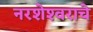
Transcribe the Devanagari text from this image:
नरशेश्‍वराचे